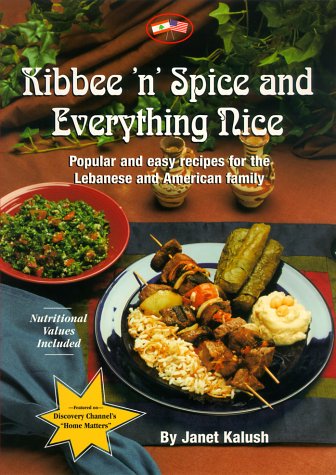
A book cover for Kibbee 'N' Spice and Everything Nice : Popular and Easy Recipes for the Lebanese and American Family; Janet Kalush; Cookbooks, Food & Wine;